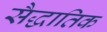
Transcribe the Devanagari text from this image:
सैद्धातिक